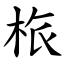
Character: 㭚